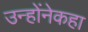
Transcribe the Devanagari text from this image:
उन्होंनेकहा